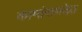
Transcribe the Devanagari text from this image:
कामांसमवेत